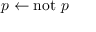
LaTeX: p \leftarrow \mathrm { n o t } ~ p